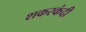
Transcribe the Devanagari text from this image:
शकरकंदी